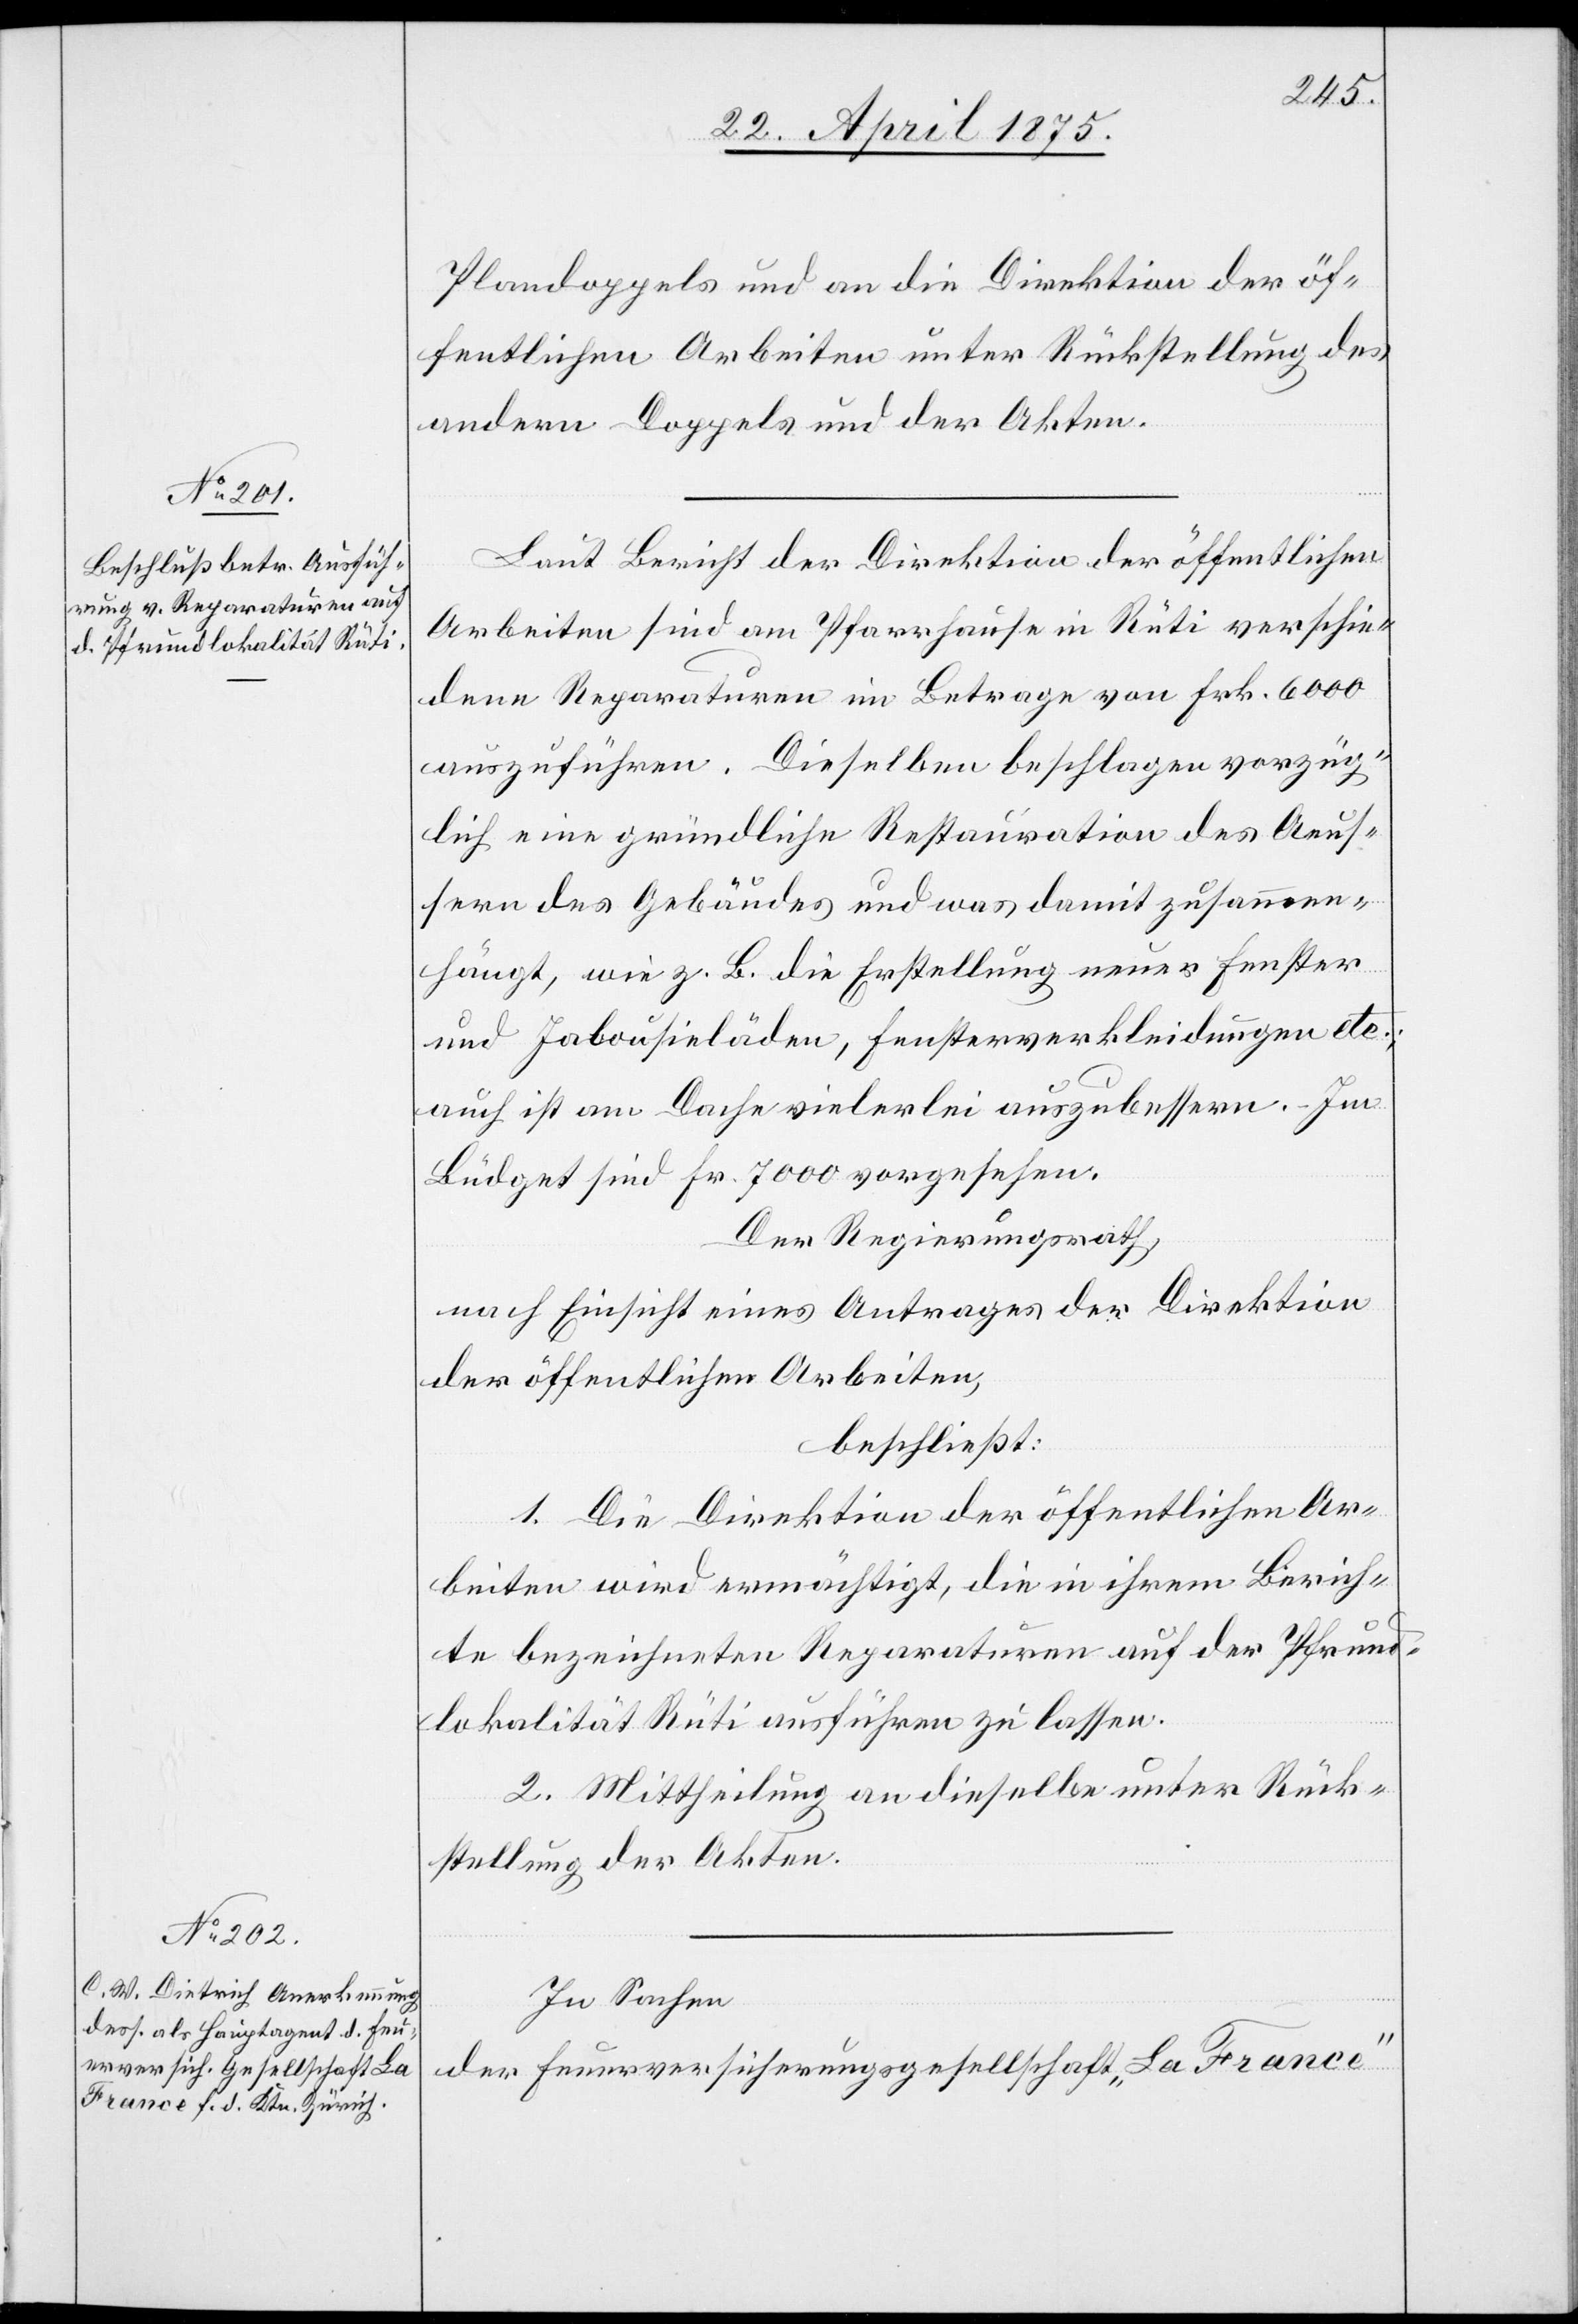
Plandoppels und an die Direktion der öf¬
fentlichen Arbeiten unter Rückstellung des
andern Doppels und der Akten.
Laut Bericht der Direktion der öffentlichen
Arbeiten sind am Pfarrhause in Rüti verschie¬
dene Reparaturen im Betrage von Frk. 6000
auszuführen. Dieselben beschlagen vorzüg¬
lich eine gründliche Restauration des Aeus¬
sern des Gebäudes und was damit zusammen¬
hängt, wie z. B. die Erstellung neuer Fenster
und Jalousieläden, Fensterverkleidungen etc.;
auch ist am Dache vielerlei auszubessern. – Im
Büdget sind Fr. 7000 vorgesehen.
Der Regierungsrath,
nach Einsicht eines Antrages der Direktion
der öffentlichen Arbeiten,
beschließt:
1. Die Direktion der öffentlichen Ar¬
beiten wird ermächtigt, die in ihrem Berich¬
te bezeichneten Reparaturen auf der Pfrund¬
lokalität Rüti ausführen zu lassen.
2. Mittheilung an dieselbe unter Rück¬
stellung der Akten.
In Sachen
der Feuerversicherungsgesellschaft „La France“